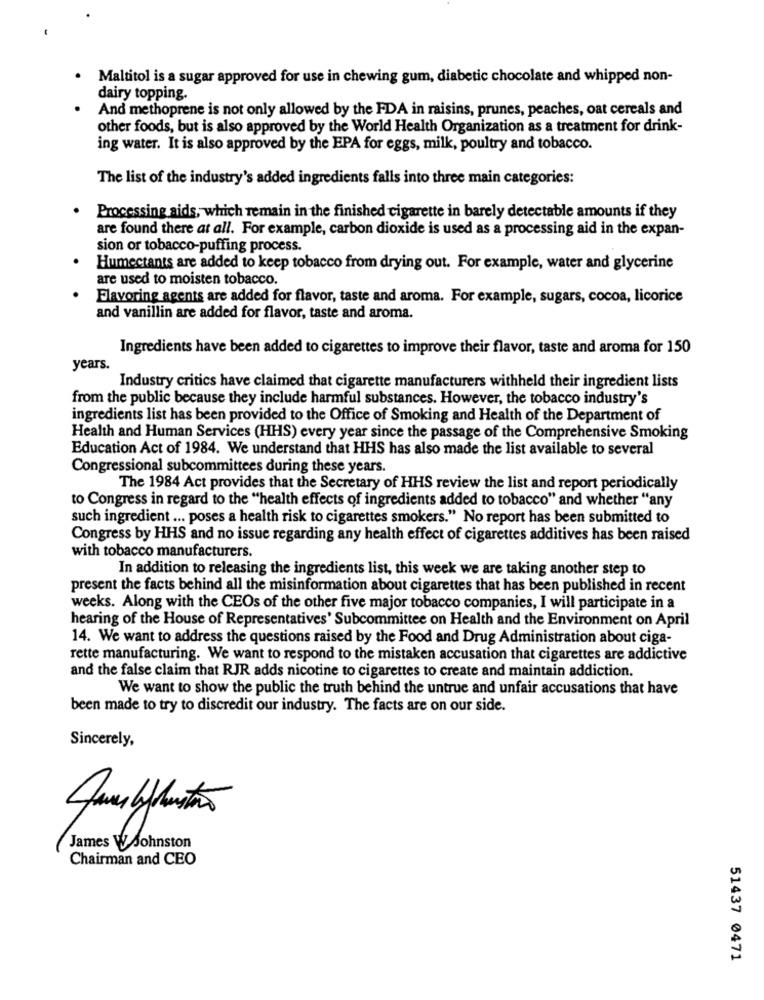
Maltitol is a sugar approved for use in chewing gum, diabetic chocolate and whipped non-
dairy topping.
And methoprene is not only allowed by the FDA in raisins, prunes, peaches, oat cereals and
other foods, but is also approved by the World Health Organization as a treatment for drink-
ing water. It is also approved by the EPA for eggs, milk, poultry and tobacco.
The list of the industry's added ingredients falls into three main categories:
Processing aids, which remain in the finished cigarette in barely detectable amounts if they
are found there at all. For example, carbon dioxide is used as a processing aid in the expan-
sion or tobacco-puffing process.
Humectants are added to keep tobacco from drying out. For example, water and glycerine
are used to moisten tobacco.
Flavoring agents are added for flavor, taste and aroma. For example, sugars, cocoa, licorice
and vanillin are added for flavor, taste and aroma.
Ingredients have been added to cigarettes to improve their flavor, taste and aroma for 150
years.
Industry critics have claimed that cigarette manufacturers withheld their ingredient lists
from the public because they include harmful substances. However, the tobacco industry's
ingredients list has been provided to the Office of Smoking and Health of the Department of
Health and Human Services (HHS) every year since the passage of the Comprehensive Smoking
Education Act of 1984. We understand that HHS has also made the list available to several
Congressional subcommittees during these years.
The 1984 Act provides that the Secretary of HHS review the list and report periodically
to Congress in regard to the "health effects of ingredients added to tobacco" and whether "any
such ingredient ... poses a health risk to cigarettes smokers." No report has been submitted to
Congress by HHS and no issue regarding any health effect of cigarettes additives has been raised
with tobacco manufacturers.
In addition to releasing the ingredients list, this week we are taking another step to
present the facts behind all the misinformation about cigarettes that has been published in recent
weeks. Along with the CEOs of the other five major tobacco companies, I will participate in a
hearing of the House of Representatives' Subcommittee on Health and the Environment on April
14. We want to address the questions raised by the Food and Drug Administration about ciga-
rette manufacturing. We want to respond to the mistaken accusation that cigarettes are addictive
and the false claim that RJR adds nicotine to cigarettes to create and maintain addiction.
We want to show the public the truth behind the untrue and unfair accusations that have
been made to try to discredit our industry. The facts are on our side.
Sincerely,
James WJohnston
Chairman and CEO
51437 0471